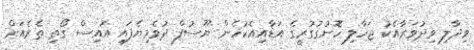
ވިދާލި ވިދުވަރާއެކު ޖަހާލި ހޮނުގުގުރީގެ އަޑާއިއެކުހެން ޔޫސުފް ދުވެމިޔެފައި އައިސް ގޯތި ތެރެއަށް